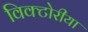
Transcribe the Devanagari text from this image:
विक्टोरीया